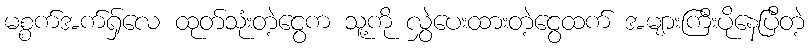
မစ္စက်အက်ရှ်လေ ထုတ်သုံးတဲ့ငွေက သူ့ကို လွှဲပေးထားတဲ့ငွေထက် အများကြီးပိုနေပြီတဲ့